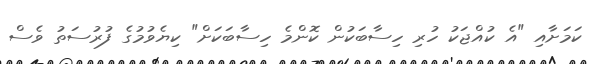
ކަމަށާއި "އެ ކުއްޖަކު ހުރި ހިސާބަކުން ކޮންމެ ހިސާބަކަށް" ކިޔެވުމުގެ ފުރުސަތު ވެސް